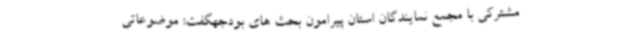
مشترکی با مجمع نمایندگان استان پیرامون بحث های بودجهگفت: موضوعاتی